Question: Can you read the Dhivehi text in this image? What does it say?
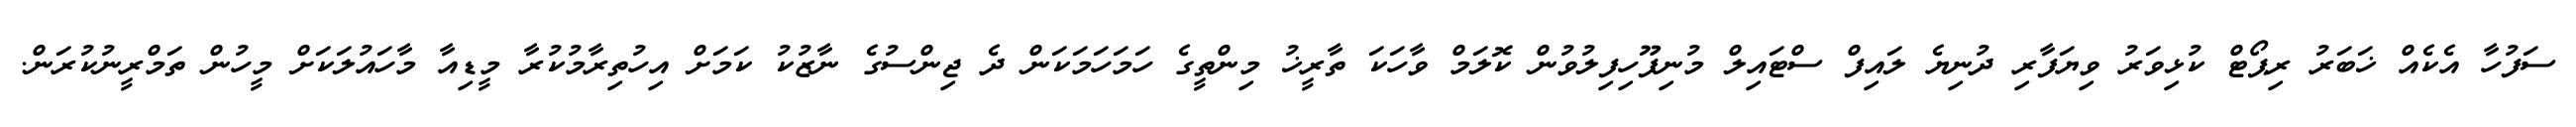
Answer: ސަފުހާ އެކެއް ޚަބަރު ރިޕޯޓް ކުޅިވަރު ވިޔަފާރި ދުނިޔެ ލައިފް ސްޓައިލް މުނިފޫހިފިލުވުން ކޮލަމް ވާހަކަ ތާރީޚު މިންތީގެ ހަމަހަމަކަން ދެ ޖިންސުގެ ނާޒުކު ކަމަށް އިހުތިރާމުކުރާ މީޑިއާ މާހައުލަކަށް މީހުން ތަމްރީނުކުރަން.